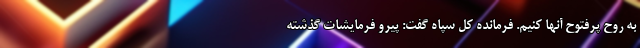
به روح پرفتوح آنها کنیم. فرمانده کل سپاه گفت: پیرو فرمایشات گذشته